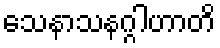
သေနာသနဂ္ဂါဟာတိ